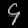
Digit: ၄